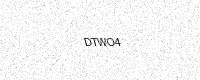
Text: DTWO4